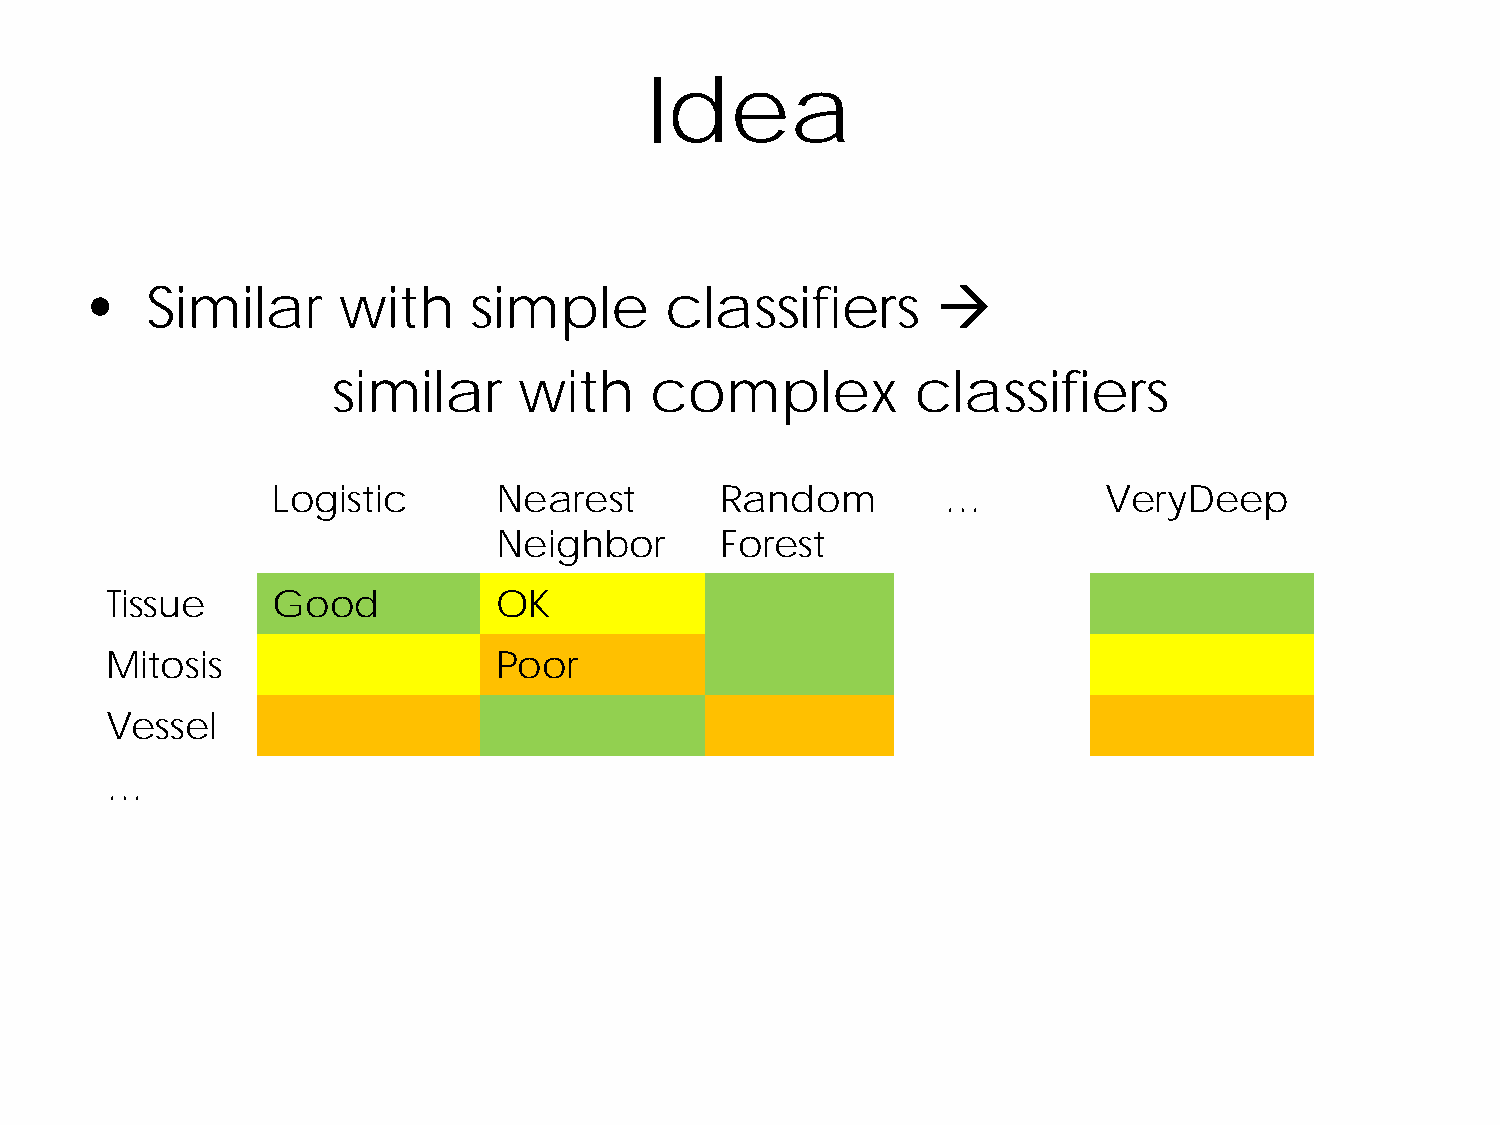
Idea
 •   Similar     with     simple       classifiers       
 similar     with     complex           classifiers
 Logistic       Nearest        Random         …         VeryDeep
 Neighbor       Forest
 Tissue     Good           OK
 Mitosis                   Poor
 Vessel
 …